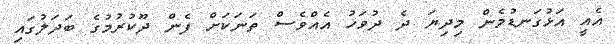
އެއީ އަޅުގަނޑުމެން މިދިޔަ ދެ ދުވަހު އެއްވެސް ތަނަކަށް ފެން ދޫކުރުމުގެ ބަދަލުގައި